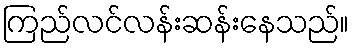
ကြည်လင်လန်းဆန်းနေသည်။